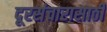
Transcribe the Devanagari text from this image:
दूरसंचारासाठी